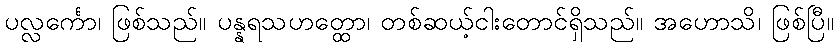
ပလ္လင်္ကော၊ ဖြစ်သည်။ ပန္နရသဟတ္ထော၊ တစ်ဆယ့်ငါးတောင်ရှိသည်။ အဟောသိ၊ ဖြစ်ပြီ။